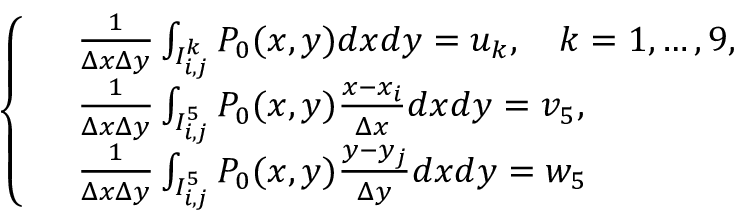
\begin{array} { r } { \left\{ \begin{array} { r l } & { \frac { 1 } { \Delta x \Delta y } \int _ { I _ { i , j } ^ { k } } P _ { 0 } ( x , y ) d x d y = u _ { k } , \quad k = 1 , \dots , 9 , } \\ & { \frac { 1 } { \Delta x \Delta y } \int _ { I _ { i , j } ^ { 5 } } P _ { 0 } ( x , y ) \frac { x - x _ { i } } { \Delta x } d x d y = v _ { 5 } , } \\ & { \frac { 1 } { \Delta x \Delta y } \int _ { I _ { i , j } ^ { 5 } } P _ { 0 } ( x , y ) \frac { y - y _ { j } } { \Delta y } d x d y = w _ { 5 } } \end{array} \right. } \end{array}